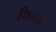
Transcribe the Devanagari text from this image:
गिब्जचा